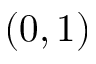
( 0 , 1 )